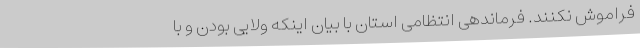
فراموش نکنند. فرماندهی انتظامی استان با بیان اینکه ولایی بودن و با